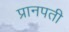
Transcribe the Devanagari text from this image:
प्रानपती